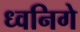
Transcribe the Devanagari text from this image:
ध्वनिगे